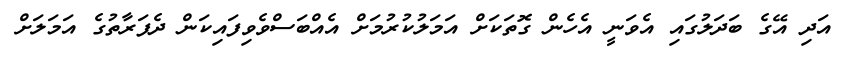
އަދި އޭގެ ބަދަލުގައި އެވަނީ އެހެން ގޮތަކަށް އަމަލުކުރުމަށް އެއްބަސްވެވިފައިކަން ދެފަރާތުގެ އަމަލަށް